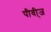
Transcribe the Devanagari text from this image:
पीवी्ज